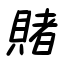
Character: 賭